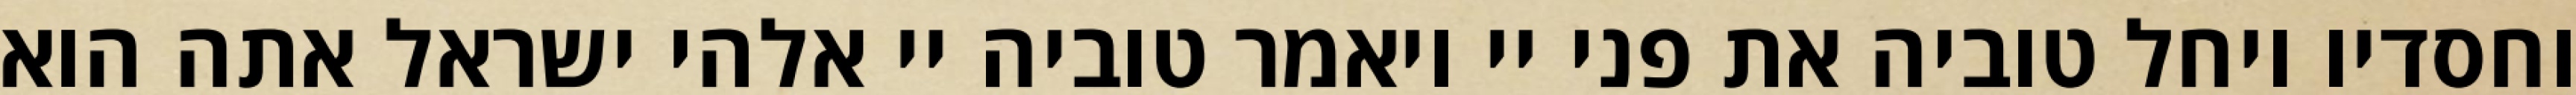
וחסדיו ויחל טוביה את פני יי ויאמר טוביה יי אלהי ישראל אתה הוא